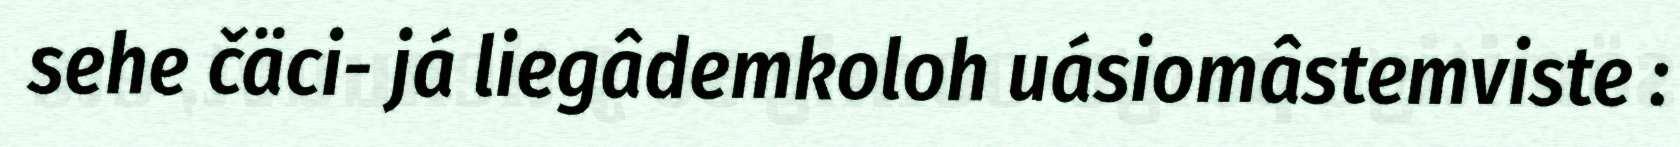
sehe čäci- já liegâdemkoloh uásiomâstemviste :